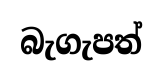
බැගැපත්